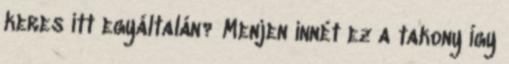
keres itt egyáltalán? Menjen innét ez a takony Így